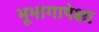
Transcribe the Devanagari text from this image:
भूभागापेक्षा